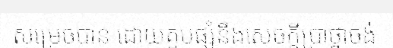
សម្រេចបាន ដោយគួបផ្សំនឹងសេចក្តីប្រាថ្នាចង់